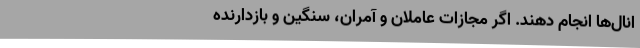
انال‌ها انجام دهند. اگر مجازات عاملان و آمران، سنگین و بازدارنده